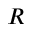
R